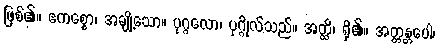
ဖြစ်၏။ ဧကစ္စော၊ အချို့သော။ ပုဂ္ဂလော၊ ပုဂ္ဂိုလ်သည်။ အတ္ထိ၊ ရှိ၏။ အတ္တန္တပေါ၊